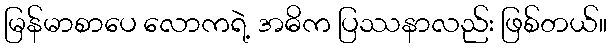
မြန်မာစာပေ လောကရဲ့ အဓိက ပြဿနာလည်း ဖြစ်တယ်။